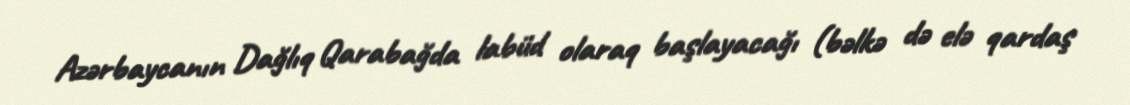
Azərbaycanın Dağlıq Qarabağda labüd olaraq başlayacağı (bəlkə də elə qardaş